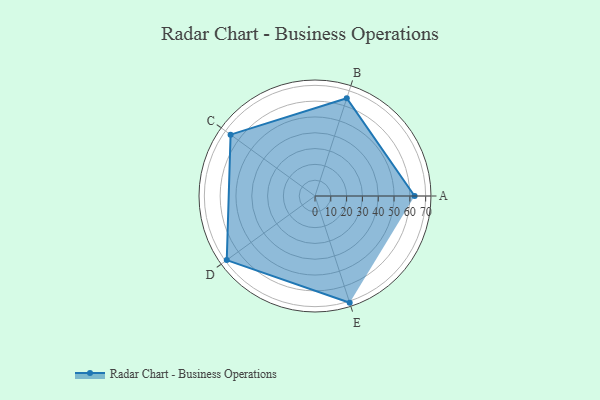
{"axis": {"x": "Skill", "y": "Score"}, "legend": ["Profile"], "data": [{"x": "A", "y": 63.0, "type": "Profile"}, {"x": "B", "y": 65.0, "type": "Profile"}, {"x": "C", "y": 66.0, "type": "Profile"}, {"x": "D", "y": 69.0, "type": "Profile"}, {"x": "E", "y": 71.0, "type": "Profile"}]}